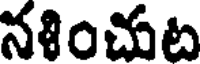
నశించుట